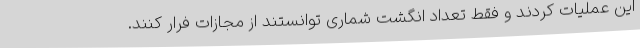
این عملیات کردند و فقط تعداد انگشت شماری توانستند از مجازات فرار کنند.